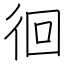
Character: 徊